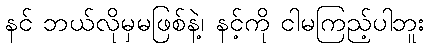
နင် ဘယ်လိုမှမဖြစ်နဲ့၊ နင့်ကို ငါမကြည့်ပါဘူး